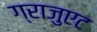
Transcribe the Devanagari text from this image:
ग्राजुएट